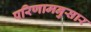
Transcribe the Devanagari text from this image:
परिणामनुसार